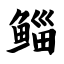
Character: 鲻